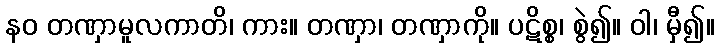
နဝ တဏှာမူလကာတိ၊ ကား။ တဏှာ၊ တဏှာကို။ ပဋိစ္စ၊ စွဲ၍။ ဝါ၊ မှီ၍။